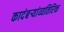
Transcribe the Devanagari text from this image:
कादंबऱ्यांव्यतिरिक्त